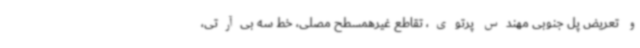
و تعریض پل جنوبی مهندس پرتوی، تقاطع غیرهمسطح مصلی، خط سه بی‌آرتی،